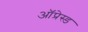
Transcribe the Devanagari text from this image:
ऑप्रेस्ड